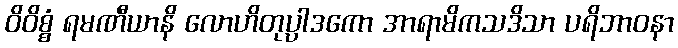
ဝိဝိစ္စံ ရမဏီယာနိ လောဟိတုပ္ပါဒကော အာရာမိကသဒိသာ ပရိဘာဝနာ